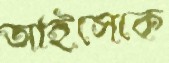
আইসেকে